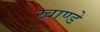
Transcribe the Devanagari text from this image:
खाण्डे